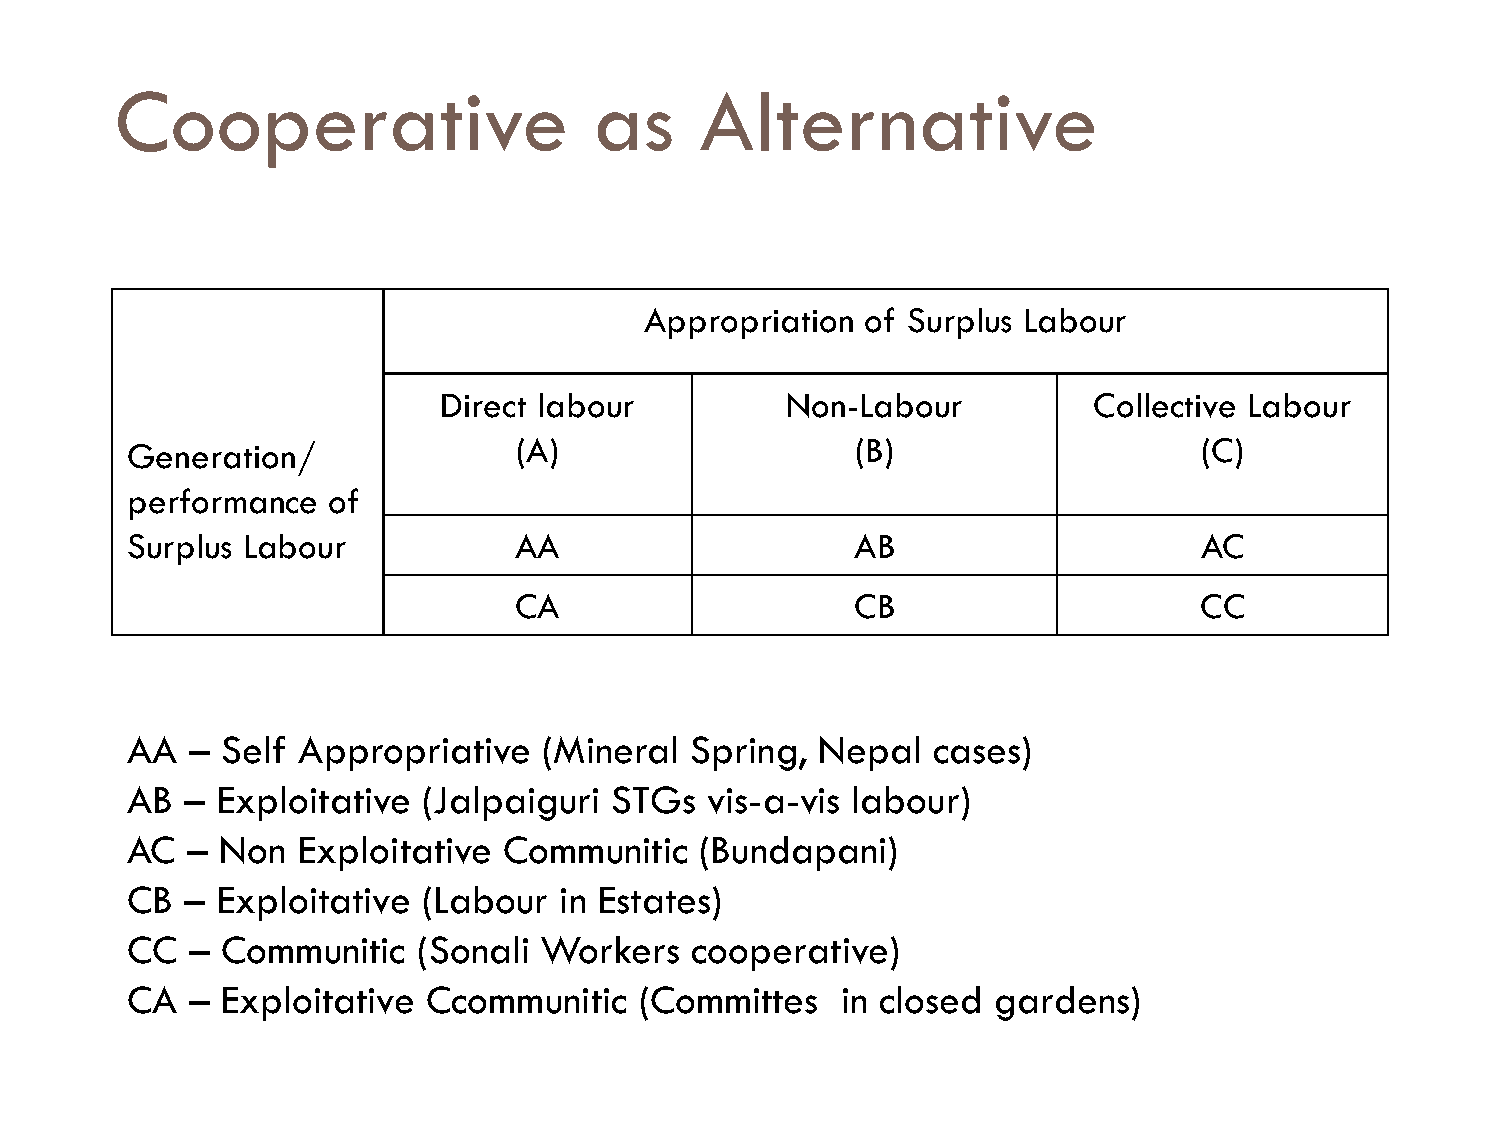
Cooperative                    as     Alternative
 Appropriation of Surplus Labour
 Direct labour          Non-Labour          Collective Labour
 Generation/               (A)                    (B)                    (C)
 performance   of
 Surplus Labour            AA                     AB                    AC
 CA                     CB                    CC
 AA   – Self Appropriative   (Mineral  Spring, Nepal   cases)
 AB  – Exploitative  (Jalpaiguri STGs   vis-a-vis labour)
 AC  –  Non  Exploitative Communitic   (Bundapani)
 CB  – Exploitative  (Labour  in Estates)
 CC   – Communitic   (Sonali Workers   cooperative)
 CA   – Exploitative Ccommunitic   (Committes    in closed gardens)